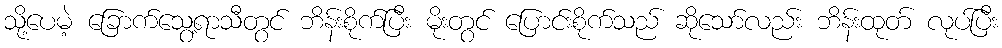
သို့ပေမဲ့ ခြောက်သွေ့ရာသီတွင် ဘိန်းစိုက်ပြီး မိုးတွင် ပြောင်းစိုက်သည် ဆိုသော်လည်း ဘိန်းထုတ် လုပ်ပြီး